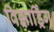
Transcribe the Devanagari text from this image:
विझार्ड्रिंग